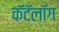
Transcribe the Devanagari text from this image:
कॅटॅलॉग